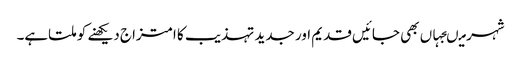
شہر میںجہاں بھی جائیں قدیم اور جدید تہذیب کا امتزاج دیکھنے کو ملتاہے۔